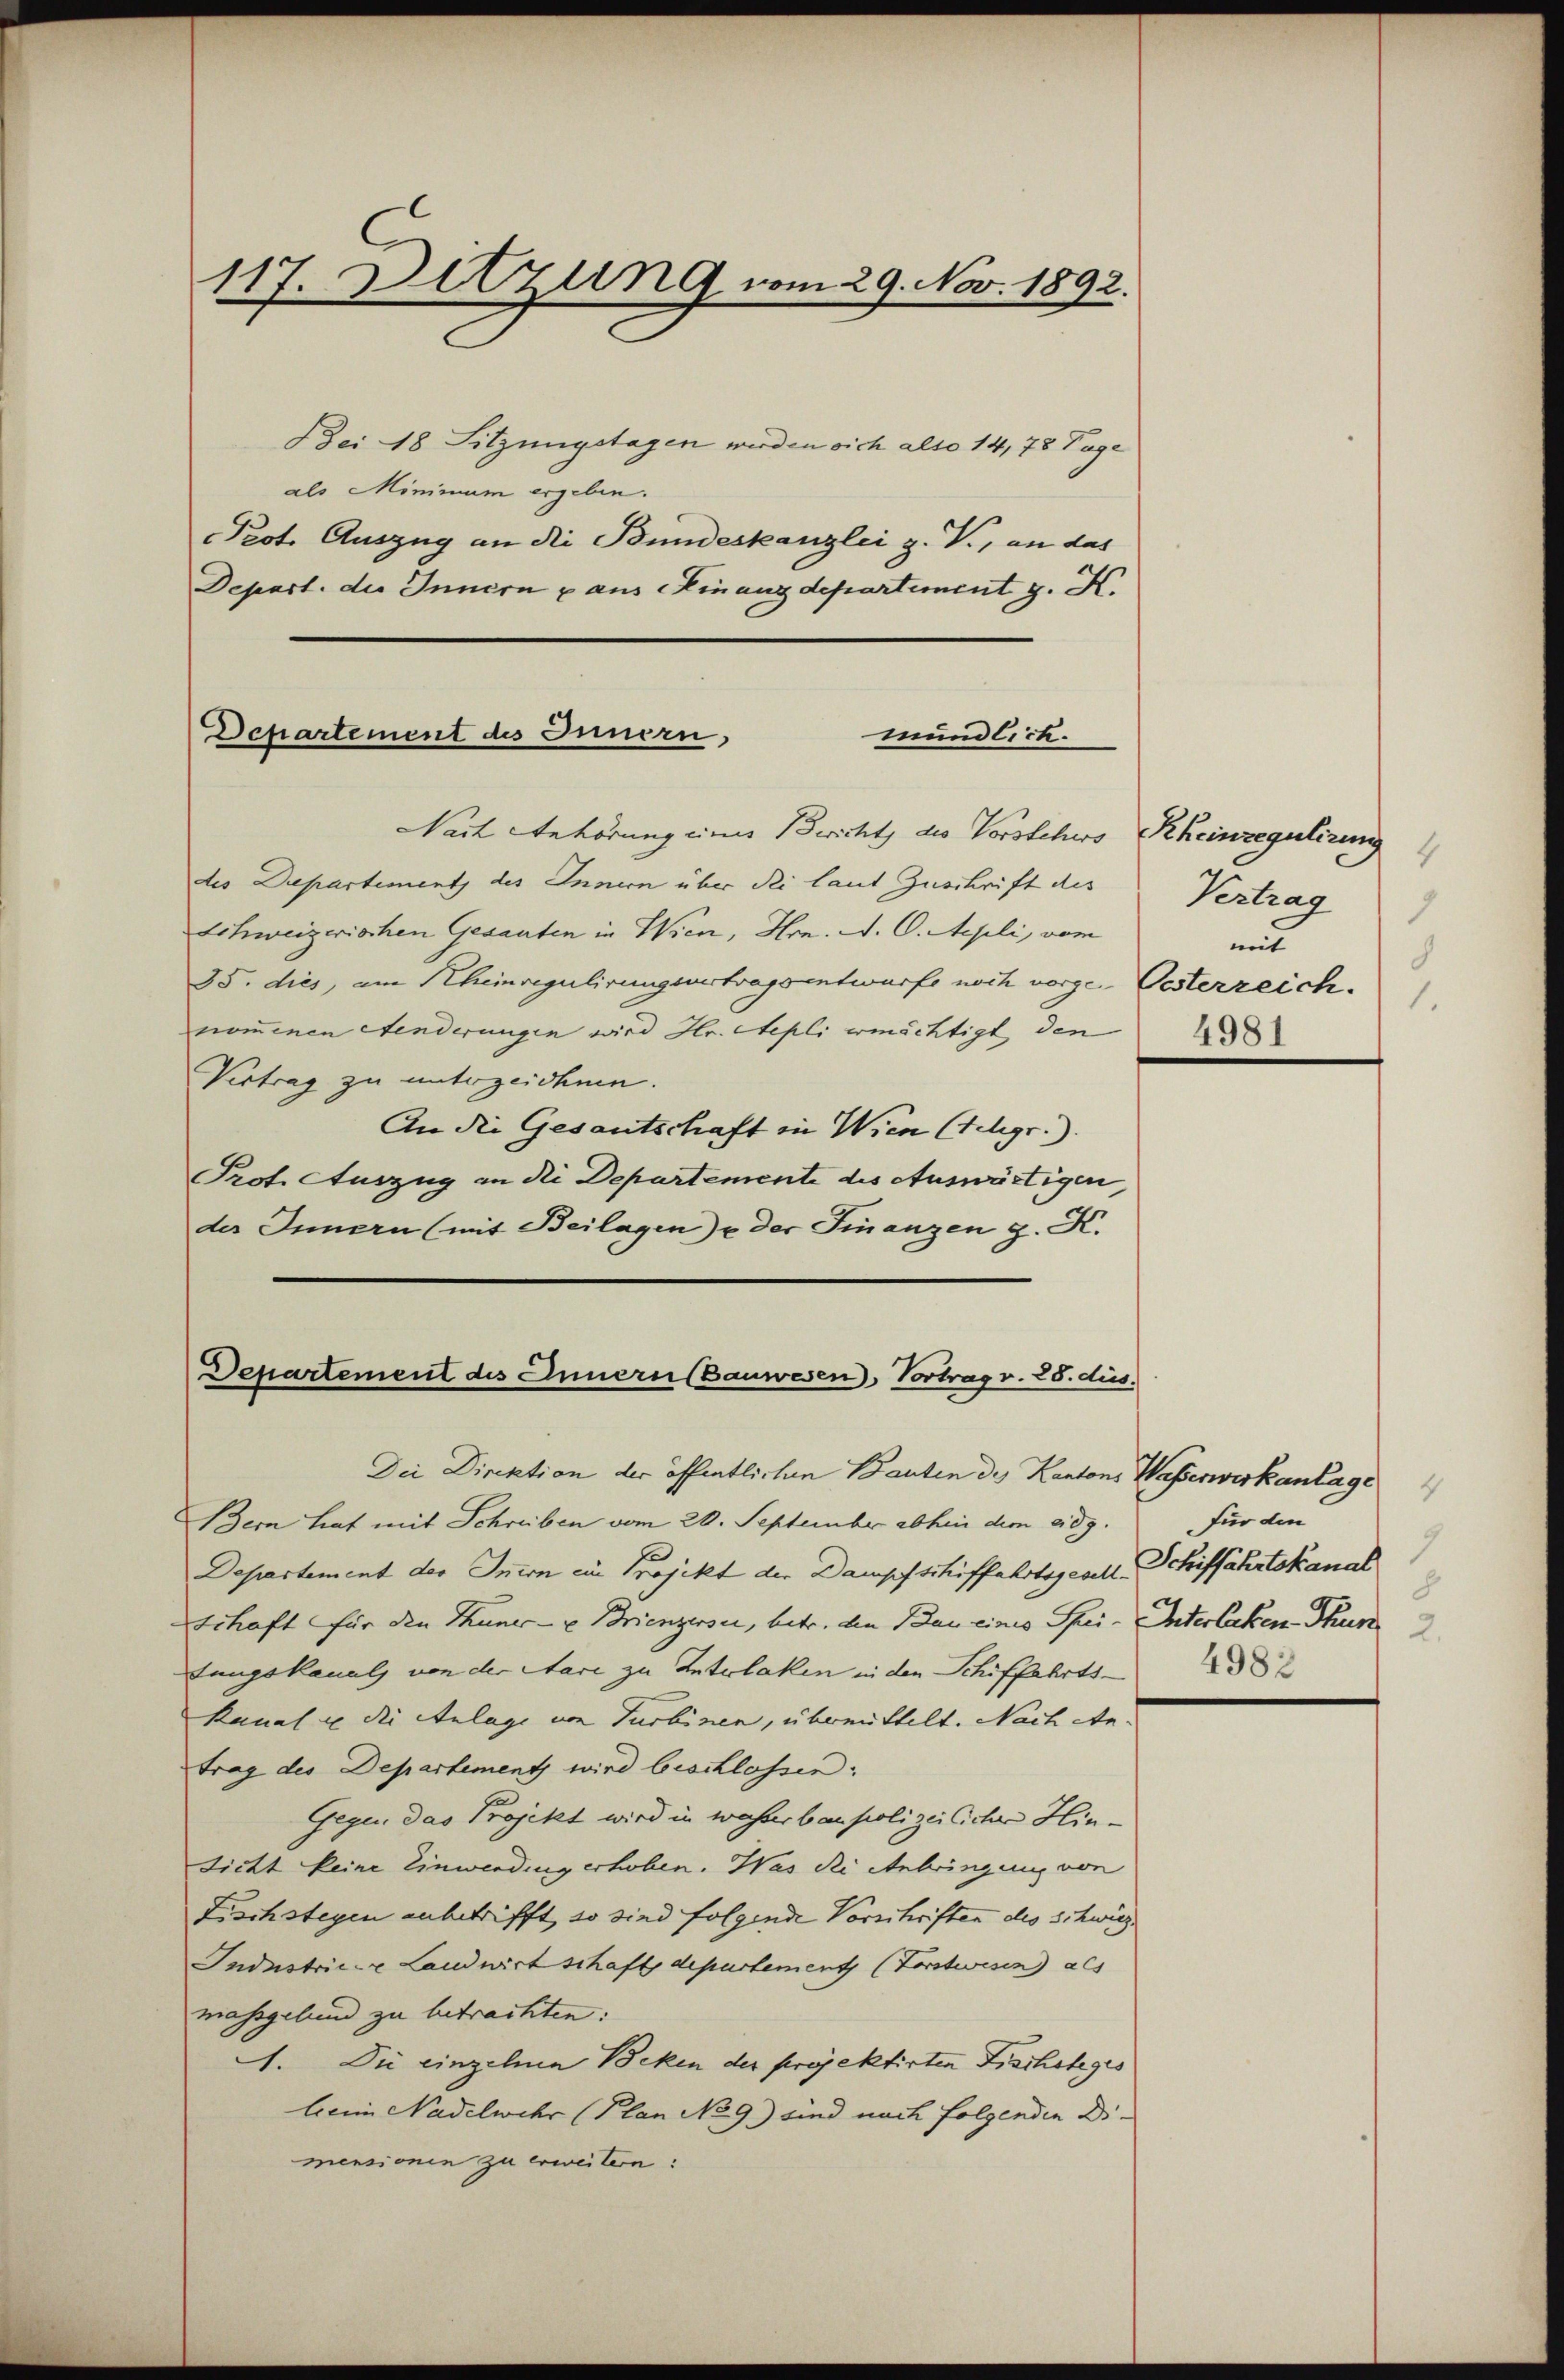
2
7. Bützung vom 29. Nov. 1892.

Bei 18 Sitzungstagen werden sich also 14,78 Tage
als Minimum ergeben.
Prot. Auszug an die Bundeskanzlei z. V., an das
Depart. die Innern u aus einanzdepartement z. K.
Departement des Innern,
mundlich.

Vait Anhörung eines Bericht des Vorstehers Rheinzegulirung
des Departement des Innern über die laut Zuschrift des
schweizerischen Gesanten in Wien, Hrn. N. O. Sepli, vom
35. dies, am Rheinregulirungsvertragsentwurfe noch vorge Oesterreich.
nommenen Aenderungen wird Hr. Stepli ermächtigt, den
Vertrag zu unterzeichnen.
An die Gesantschaft in Wien (Schgr.).
Prot. Auszug an die Departemente des Auswärtigen,
der Innern (mit Beilagen u der Finanzen z. K.

Departement des Innern Bauwesen, Vortrag v. 28. dus.

4
Vertrag
1
mit
8
4981

Die Direktion der öffentlichen Bauten des Kantons Wasserwerkanlage
Bern hat mit Schreiben vom 20. September abhin dem eidg.
Departement des Innern ein Projekt der Dampfschiffahrtsgesell-Schiffahrtskanal
Schaft für den Thuner- u Brienzersei, betr. den Bau eines Spei- Interlaken Thur
tungskanals von der Stare zu Interlaken in den Schiffahrts-
Kanal u. die Anlage von Turbinen, übermittelt. Nach Antrag des Departement wird beschlossen.
Gegen das Projekt wird in wahrer baupolizeilicher Hinsicht keine Einwendung erhoben. Was die Anbringung von
Fischsteyen anbetrifft, so sind folgende Vorschriften des Schwieg
Industrice Landwirtschaft departement (Forstwesen als
massgebend zu betrachten:
A. Die einzelnen Pocken der projektirten Fischoteges
beim Nadelwehr (Plan No 9.) sind nach folgenden Dimensionen zu erweitern:

1
für den
8
4982